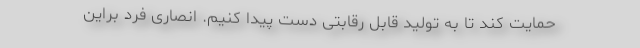
حمایت کند تا به تولید قابل رقابتی دست پیدا کنیم. انصاری فرد براین